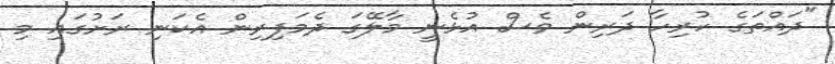
"ދައްތަގެ ހުރިހާ ދަރިން ވެސް އުޅެނީ މާލޭގަ ދެމަފިރިން އެކަނި ރަށުގައި މި